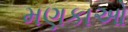
મણકાઓ